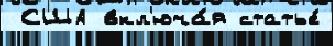
 США вкл'юча́я статье́